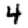
Digit: 4